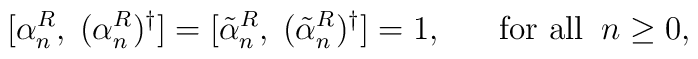
[\alpha^R_n,\;(\alpha^R_n)^{\dag}]=[\tilde{\alpha}^R_n,\;(\tilde{\alpha}^R_n)^{\dag}]=1,\;\;\;\;\;\;\mbox{for all}\;\;n\geq 0,